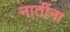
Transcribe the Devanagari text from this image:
नातींना